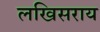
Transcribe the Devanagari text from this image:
लखिसराय